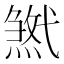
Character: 𢎓